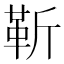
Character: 靳